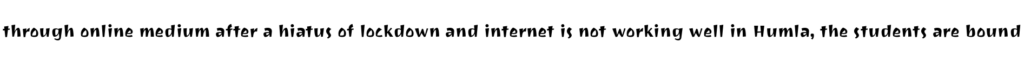
through online medium after a hiatus of lockdown and internet is not working well in Humla, the students are bound